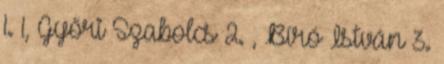
1. 1, Győri Szabolcs 2. , Bíró István 3.